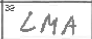
Transcription: LMA